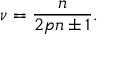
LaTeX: \nu = { \frac { n } { 2 p n \pm 1 } } .